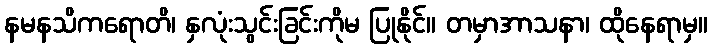
နမနသိကရောတိ၊ နှလုံးသွင်းခြင်းကိုမ ပြုနိုင်။ တမှာအာသနာ၊ ထိုနေရာမှ။